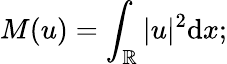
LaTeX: M(u)=\int_{\mathbb{R}}|u|^{2}\mathrm{d}x;